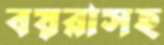
বয়রাসহ